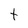
Character: t